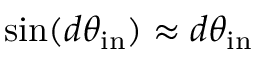
\sin ( d \theta _ { \mathrm { i n } } ) \approx d \theta _ { \mathrm { i n } }